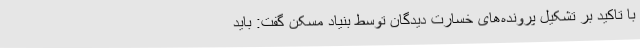
با تاکید بر تشکیل پرونده‌های خسارت دیدگان توسط بنیاد مسکن گفت: باید